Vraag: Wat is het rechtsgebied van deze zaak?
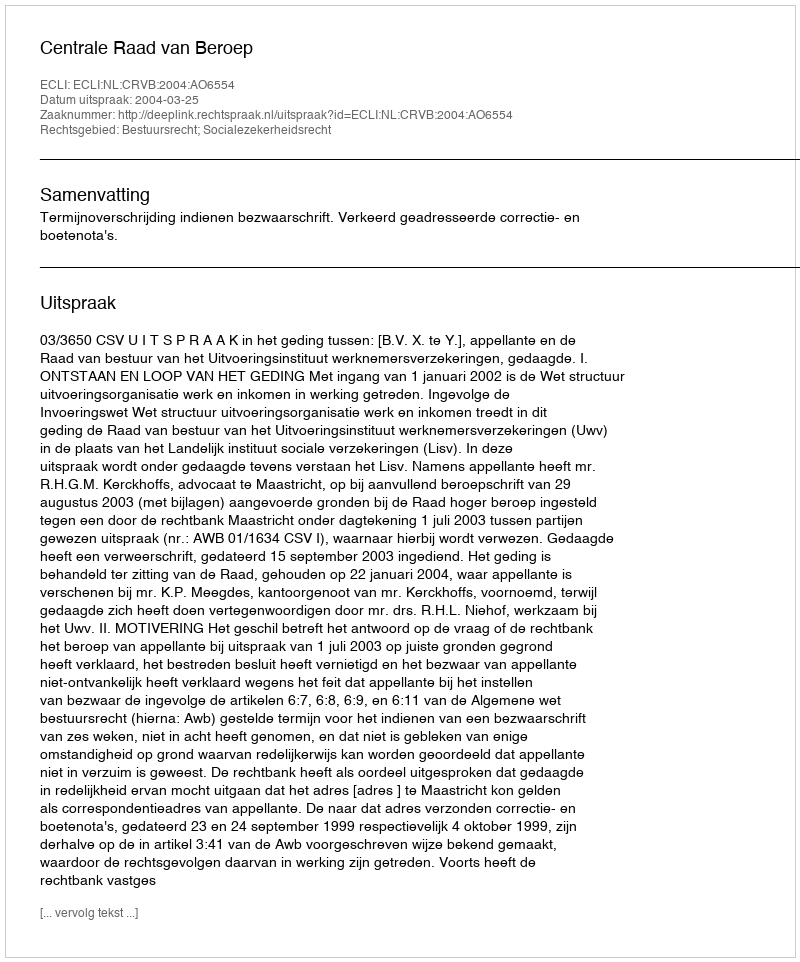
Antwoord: Bestuursrecht; Socialezekerheidsrecht